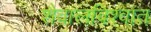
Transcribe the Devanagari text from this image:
शैवालविश्वात